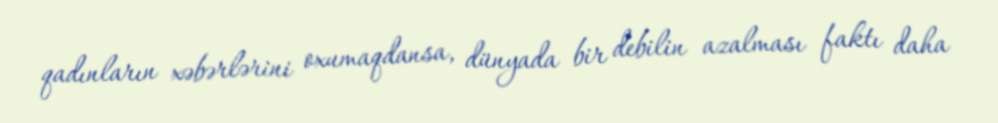
qadınların xəbərlərini oxumaqdansa, dünyada bir debilin azalması faktı daha